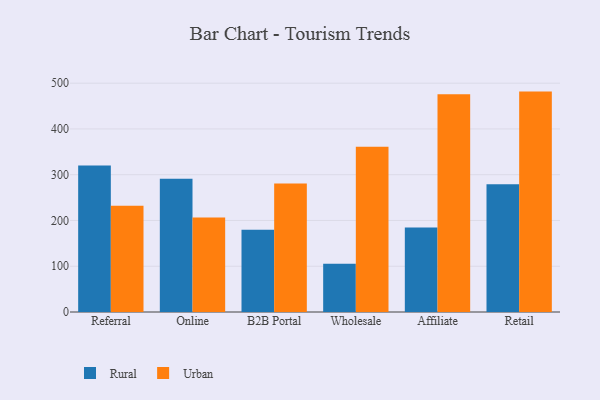
{"axis": {"x": "Channel", "y": "Website Visitors"}, "legend": ["Rural", "Urban"], "data": [{"x": "Referral", "y": 320.3, "type": "Rural"}, {"x": "Referral", "y": 232.1, "type": "Urban"}, {"x": "Online", "y": 291.1, "type": "Rural"}, {"x": "Online", "y": 206.4, "type": "Urban"}, {"x": "B2B Portal", "y": 179.7, "type": "Rural"}, {"x": "B2B Portal", "y": 281.0, "type": "Urban"}, {"x": "Wholesale", "y": 105.2, "type": "Rural"}, {"x": "Wholesale", "y": 361.1, "type": "Urban"}, {"x": "Affiliate", "y": 184.6, "type": "Rural"}, {"x": "Affiliate", "y": 475.6, "type": "Urban"}, {"x": "Retail", "y": 278.9, "type": "Rural"}, {"x": "Retail", "y": 481.6, "type": "Urban"}]}